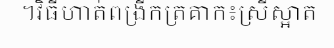
។វិធីហាត់ពង្រីកត្រគាក៖ស្រីស្អាត